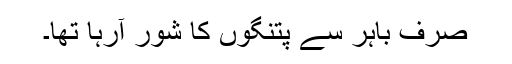
صرف باہر سے پتنگوں کا شور آرہا تھا۔